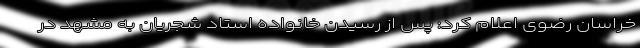
خراسان رضوی اعلام کرد: پس از رسیدن خانواده استاد شجریان به مشهد در